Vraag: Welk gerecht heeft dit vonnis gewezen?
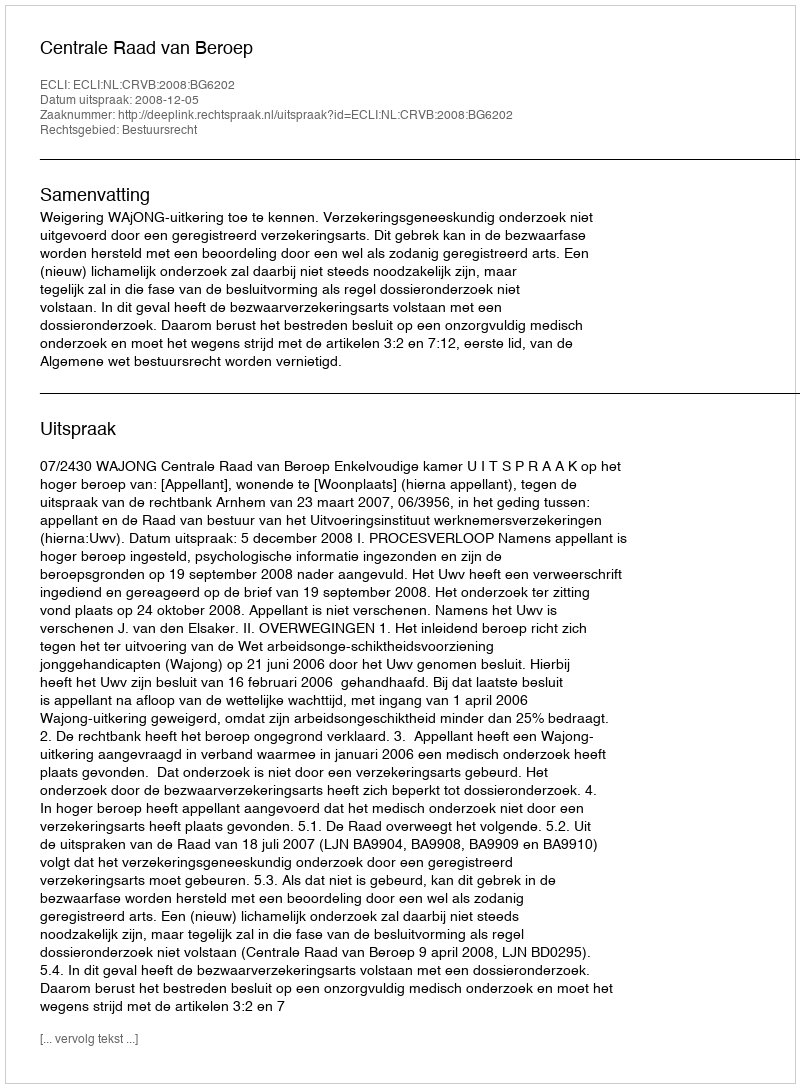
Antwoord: Centrale Raad van Beroep